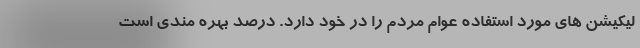
لیکیشن های مورد استفاده عوام مردم را در خود دارد. درصد بهره مندی است